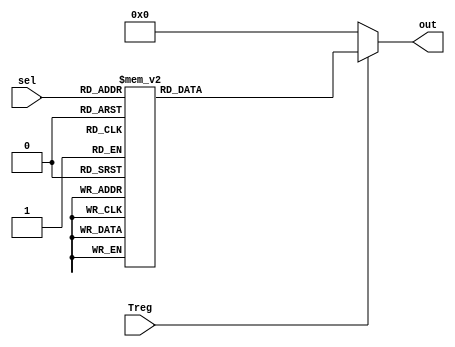
`timescale 1ns / 1ps
//////////////////////////////////////////////////////////////////////////////////
// Company: 
// Engineer: 
// 
// Design Name: 
// Module Name:    MUX_8_1_REG_BANK 
// Project Name: 
// Target Devices: 
// Tool versions: 
// Description: 
//
// Dependencies: 
//
// Revision: 
// Revision 0.01 - File Created
// Additional Comments: 
//
//////////////////////////////////////////////////////////////////////////////////
module MUX_8_1_REG_BANK(sel,out,Treg);
	input [2:0] sel;
	input Treg;
	output[7:0] out;
	reg[7:0] out;
	always@(sel or Treg)
	begin
		if(Treg)
		begin
			casex(sel)
				3'b011:out=8'b00001000;
				3'b100:out=8'b00010000;
				3'b101:out=8'b00100000;
				3'b110:out=8'b01000000;
				3'b111:out=8'b10000000;
				3'b000:out=8'b00000001;
				3'b001:out=8'b00000010;
				3'b010:out=8'b00000100;
			endcase
		end
		else out=8'b00000000;
	end
endmodule